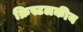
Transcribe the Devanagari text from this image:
क्रिस्टलकीय